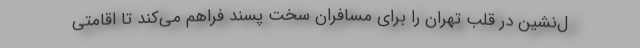
ل‌نشین در قلب تهران را برای مسافران سخت پسند فراهم می‌کند تا اقامتی